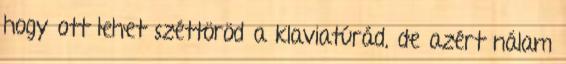
hogy ott lehet széttöröd a klaviatúrád, de azért nálam